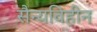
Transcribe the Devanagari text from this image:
सैन्यविहीन